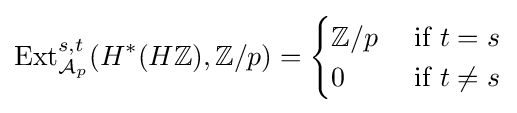
{\text{Ext}}_{{\mathcal {A}}_{p}}^{s,t}(H^{*}(H\mathbb {Z} ),\mathbb {Z} /p)={\begin{cases}\mathbb {Z} /p&{\text{ if }}t=s\\0&{\text{ if }}t\neq s\end{cases}}